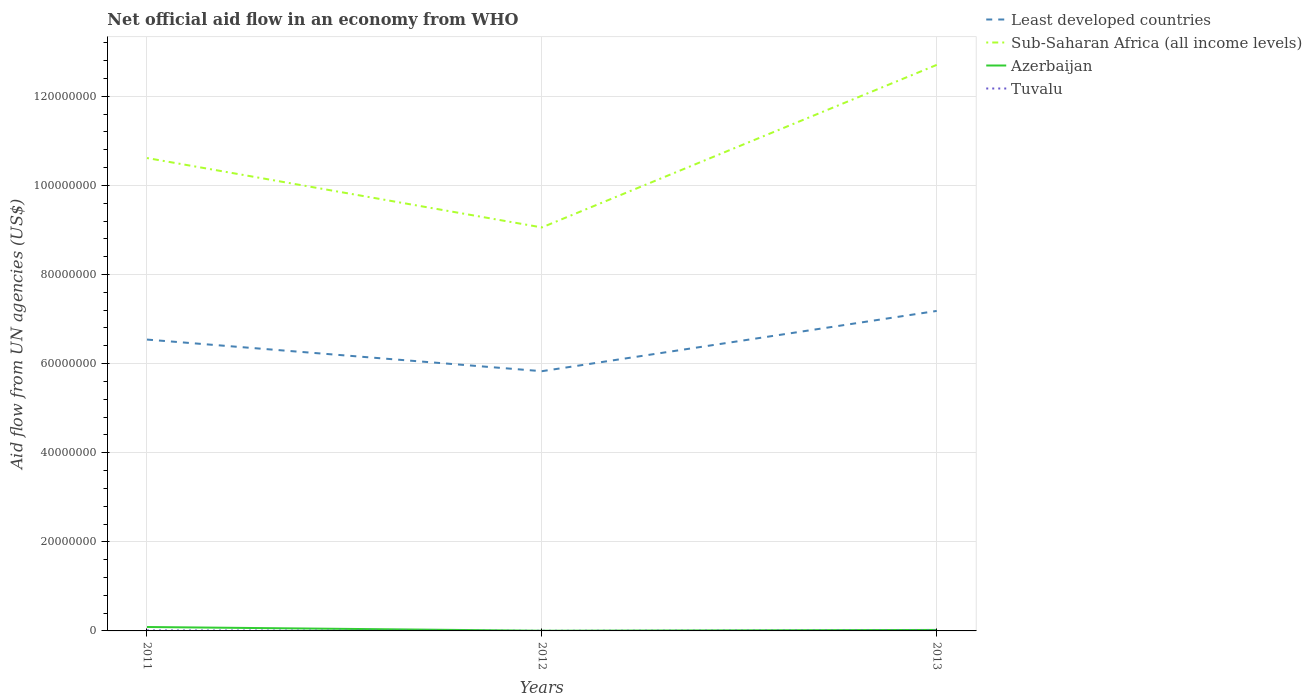
| Years | Least developed countries | Sub-Saharan Africa (all income levels) | Azerbaijan | Tuvalu |
 | --- | --- | --- | --- | --- |
 | 2011 | 6.54e+07 | 1.06e+08 | 8.8e+05 | 1.1e+05 |
 | 2012 | 5.83e+07 | 9.06e+07 | 4e+04 | 2e+04 |
 | 2013 | 7.18e+07 | 1.27e+08 | 2.2e+05 | 9e+04 |